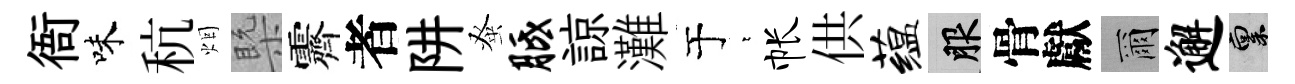
衙味秔烟槩霽者阱𫊫胝諒灘于萋帐供蕴服骨獻爾邂禀